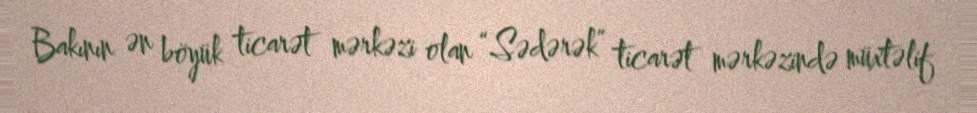
Bakının ən böyük ticarət mərkəzi olan “Sədərək” ticarət mərkəzində müxtəlif